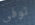
توفي